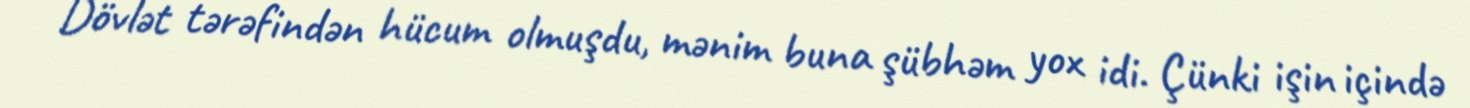
Dövlət tərəfindən hücum olmuşdu, mənim buna şübhəm yox idi. Çünki işin içində